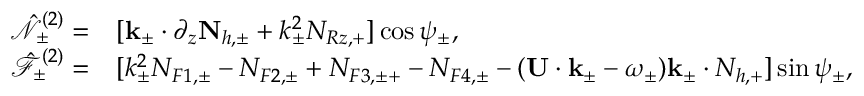
\begin{array} { r l } { \hat { \mathcal { N } } _ { \pm } ^ { ( 2 ) } = } & { [ \mathbf { k } _ { \pm } \cdot \partial _ { z } \mathbf { N } _ { h , \pm } + k _ { \pm } ^ { 2 } N _ { R z , + } ] \cos \psi _ { \pm } , } \\ { \hat { \mathcal { F } } _ { \pm } ^ { ( 2 ) } = } & { [ k _ { \pm } ^ { 2 } N _ { F 1 , \pm } - N _ { F 2 , \pm } + N _ { F 3 , \pm + } - N _ { F 4 , \pm } - ( \mathbf { U } \cdot \mathbf { k } _ { \pm } - \omega _ { \pm } ) \mathbf { k } _ { \pm } \cdot N _ { h , + } ] \sin \psi _ { \pm } , } \end{array}